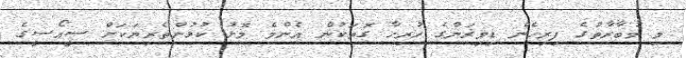
މި މުބާރާތުގެ ފިރިހެން ޑިވިޜަންގެ ހުރިހާ ގޮތަކުން އެންމެ މޮޅު ކުޅުންތެރިޔަކަށް ސީއޯސީގެ